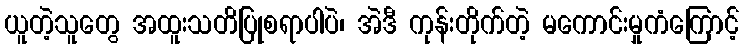
ယူတဲ့သူတွေ အထူးသတိပြုစရာပါပဲ၊ အဲဒီ ကုန်းတိုက်တဲ့ မကောင်းမှုကံကြောင့်